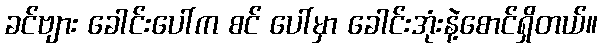
ခင်ဗျား ခေါင်းပေါ်က စင် ပေါ်မှာ ခေါင်းအုံးနဲ့စောင်ရှိတယ်။